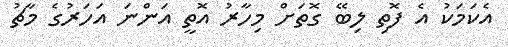
އެކަމަކު އެ ފޮތި ލިބޭ ގޮތަށް މިހާރު އޮތީ އަންނަ އަހަރުގެ މާޗު